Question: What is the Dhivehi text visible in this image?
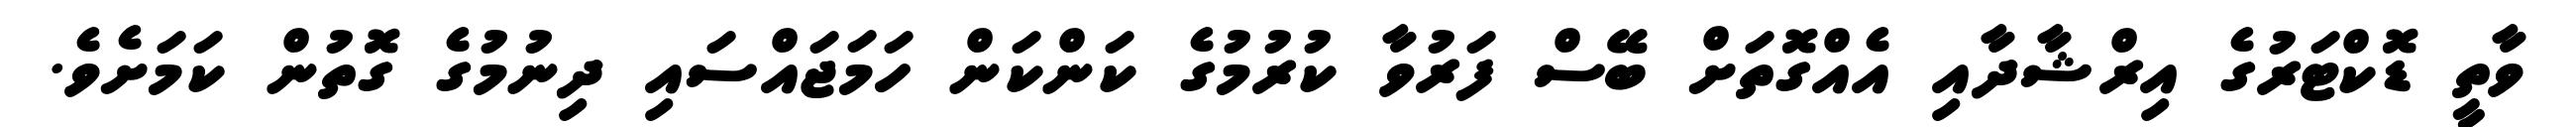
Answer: ވާތީ ޑޮކްޓަރުގެ އިރްޝާދާއި އެއްގޮތަށް ބޭސް ފަރުވާ ކުރުމުގެ ކަންކަން ހަމަޖައްސައި ދިނުމުގެ ގޮތުން ކަމަށެވެ.